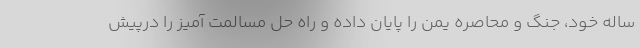
ساله خود، جنگ و محاصره یمن را پایان داده و راه حل مسالمت آمیز را درپیش